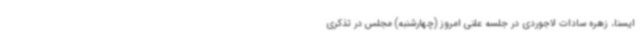
ایسنا، زهره سادات لاجوردی در جلسه علنی امروز (چهارشنبه) مجلس در تذکری